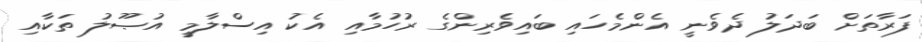
ފަރާތަށް ބަދަލު ދެވެނީ އެންމެހައި ބައިވެރިންގެ ރުހުމާއި އެކު އިސްލާމީ އުޞޫލު ތަކާއި